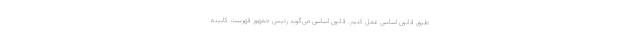
طبق قانون اساسی عمل کنیم. قانون اساسی می‌گوید رئیس جمهور فهرست کابینه